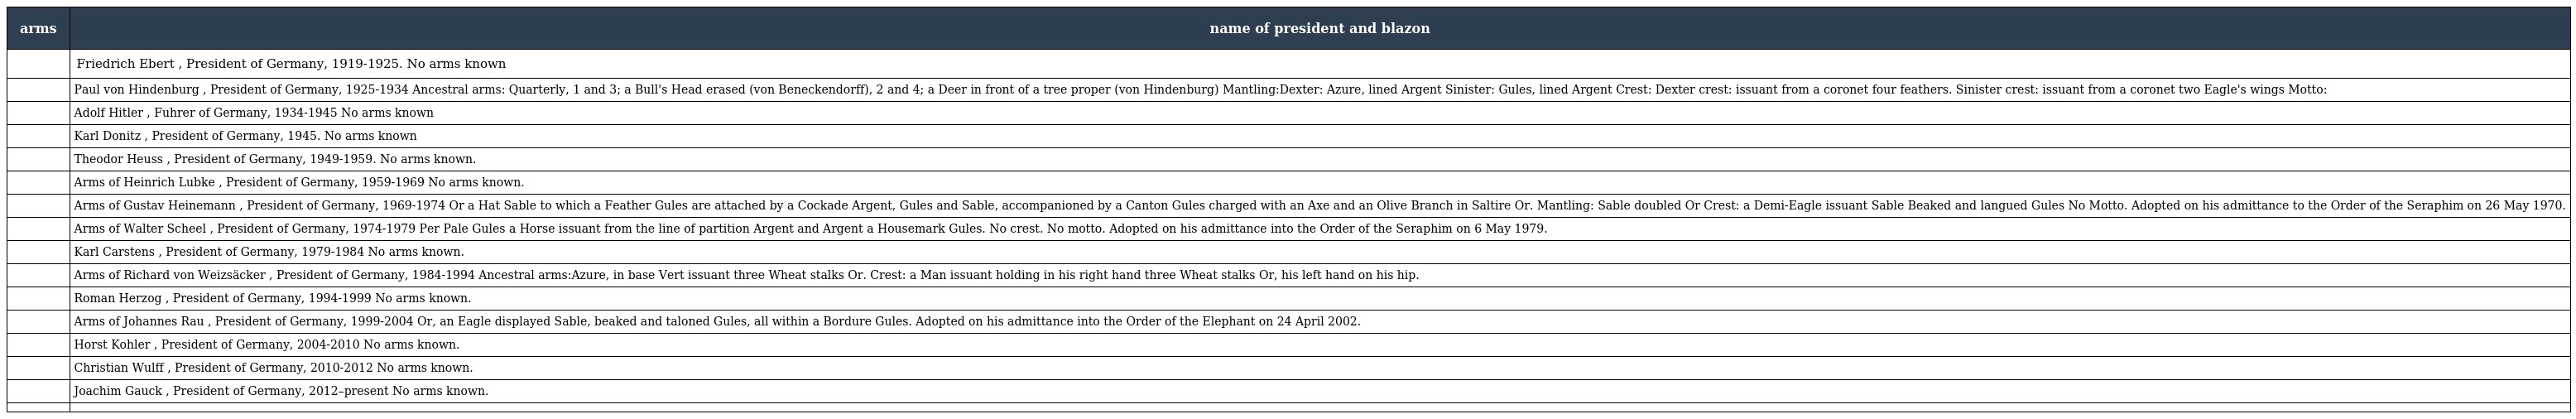
| arms | name of president and blazon |
 | --- | --- |
 |  | Friedrich Ebert , President of Germany, 1919-1925. No arms known |
 |  | Paul von Hindenburg , President of Germany, 1925-1934 Ancestral arms: Quarterly, 1 and 3; a Bull's Head erased (von Beneckendorff), 2 and 4; a Deer in front of a tree proper (von Hindenburg) Mantling:Dexter: Azure, lined Argent Sinister: Gules, lined Argent Crest: Dexter crest: issuant from a coronet four feathers. Sinister crest: issuant from a coronet two Eagle's wings Motto: |
 |  | Adolf Hitler , Fuhrer of Germany, 1934-1945 No arms known |
 |  | Karl Donitz , President of Germany, 1945. No arms known |
 |  | Theodor Heuss , President of Germany, 1949-1959. No arms known. |
 |  | Arms of Heinrich Lubke , President of Germany, 1959-1969 No arms known. |
 |  | Arms of Gustav Heinemann , President of Germany, 1969-1974 Or a Hat Sable to which a Feather Gules are attached by a Cockade Argent, Gules and Sable, accompanioned by a Canton Gules charged with an Axe and an Olive Branch in Saltire Or. Mantling: Sable doubled Or Crest: a Demi-Eagle issuant Sable Beaked and langued Gules No Motto. Adopted on his admittance to the Order of the Seraphim on 26 May 1970. |
 |  | Arms of Walter Scheel , President of Germany, 1974-1979 Per Pale Gules a Horse issuant from the line of partition Argent and Argent a Housemark Gules. No crest. No motto. Adopted on his admittance into the Order of the Seraphim on 6 May 1979. |
 |  | Karl Carstens , President of Germany, 1979-1984 No arms known. |
 |  | Arms of Richard von Weizsäcker , President of Germany, 1984-1994 Ancestral arms:Azure, in base Vert issuant three Wheat stalks Or. Crest: a Man issuant holding in his right hand three Wheat stalks Or, his left hand on his hip. |
 |  | Roman Herzog , President of Germany, 1994-1999 No arms known. |
 |  | Arms of Johannes Rau , President of Germany, 1999-2004 Or, an Eagle displayed Sable, beaked and taloned Gules, all within a Bordure Gules. Adopted on his admittance into the Order of the Elephant on 24 April 2002. |
 |  | Horst Kohler , President of Germany, 2004-2010 No arms known. |
 |  | Christian Wulff , President of Germany, 2010-2012 No arms known. |
 |  | Joachim Gauck , President of Germany, 2012–present No arms known. |
 |  |  |